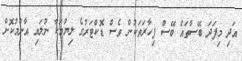
އަދި މިފަދަ ބޭސްތައް ބޭސް ފިހާރަތަކުން ވެސް ޑޮކްޓަރުގެ ލިޔުމަކާ ނުލައި އާންމުކޮށް